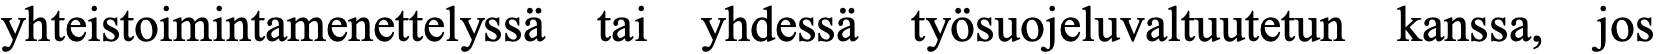
yhteistoimintamenettelyssä tai yhdessä työsuojeluvaltuutetun kanssa, jos